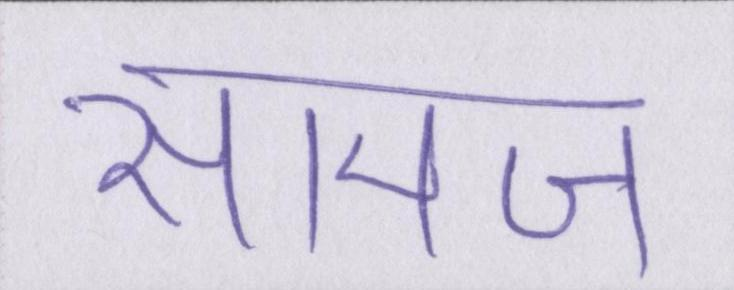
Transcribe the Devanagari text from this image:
सामज